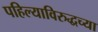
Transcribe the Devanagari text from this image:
पहिल्याविरुद्धच्या